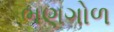
ભણગોળ